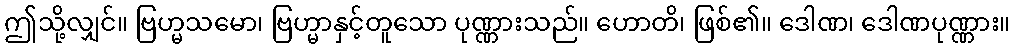
ဤသို့လျှင်။ ဗြဟ္မသမော၊ ဗြဟ္မာနှင့်တူသော ပုဏ္ဏားသည်။ ဟောတိ၊ ဖြစ်၏။ ဒေါဏ၊ ဒေါဏပုဏ္ဏား။